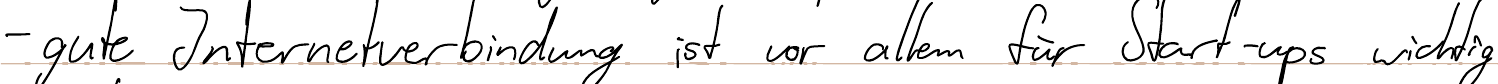
- gute Internetverbindung ist vor allem für Start-ups wichtig